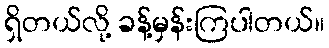
ရှိတယ်လို့ ခန့်မှန်းကြပါတယ်။